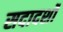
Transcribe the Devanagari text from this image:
सदादर्शों